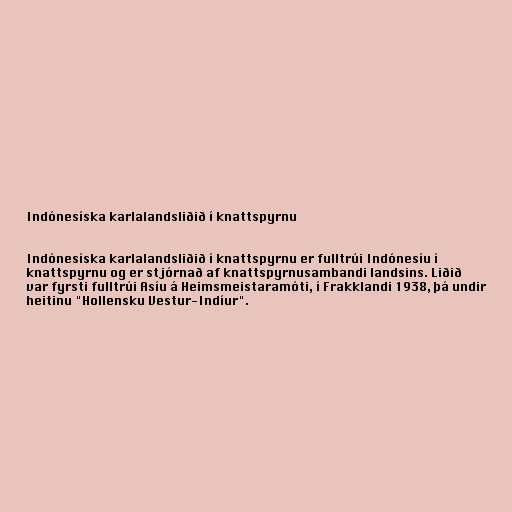
Indónesíska karlalandsliðið í knattspyrnu

Indónesíska karlalandsliðið í knattspyrnu er fulltrúi Indónesíu í
knattspyrnu og er stjórnað af knattspyrnusambandi landsins. Liðið
var fyrsti fulltrúi Asíu á Heimsmeistaramóti, í Frakklandi 1938, þá undir
heitinu "Hollensku Vestur-Indíur".